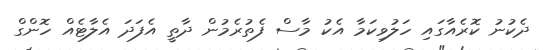
ދެކުނު ކޮރެއާގައި ހަލުވިކަމާ އެކު މާސް ފެތުރެމުން ދާތީ އެފަދަ އެލާޓެއް ހޮންގް